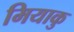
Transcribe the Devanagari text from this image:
मियाकु